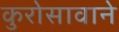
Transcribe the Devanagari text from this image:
कुरोसावाने